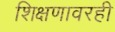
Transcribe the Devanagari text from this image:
शिक्षणावरही